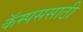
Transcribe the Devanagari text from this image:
कॅम्पससाठी